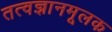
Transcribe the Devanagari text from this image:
तत्वज्ञानमूलक